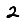
Digit: 2